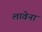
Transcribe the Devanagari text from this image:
लावेना